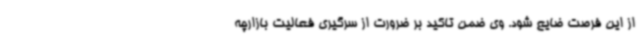
از این فرصت ضایع شود. وی ضمن تاکید بر ضرورت از سرگیری فعالیت بازارچه